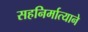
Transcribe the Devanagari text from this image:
सहनिर्मात्याने